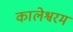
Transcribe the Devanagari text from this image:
कालेश्वरम